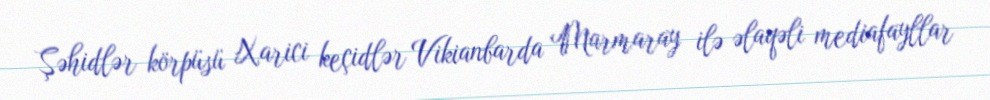
Şəhidlər körpüsü Xarici keçidlər Vikianbarda Marmaray ilə əlaqəli mediafayllar